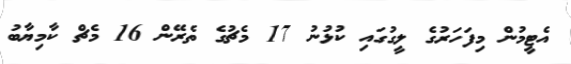
އެޓީމުން މިފަހަރުގެ ލީގުގައި ކުޅުނު 17 މެޗުގެ ތެރޭން 16 މެޗް ކާމިޔާބު